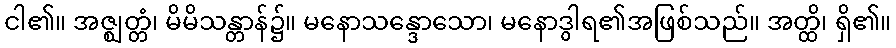
ငါ၏။ အဇ္ဈတ္တံ၊ မိမိသန္တာန်၌။ မနောသန္ဒောသော၊ မနောဒွါရ၏အဖြစ်သည်။ အတ္ထိ၊ ရှိ၏။